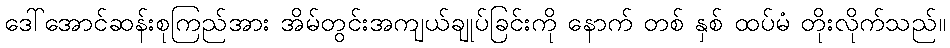
ဒေါ်အောင်ဆန်းစုကြည်အား အိမ်တွင်းအကျယ်ချုပ်ခြင်းကို နောက် တစ် နှစ် ထပ်မံ တိုးလိုက်သည်။